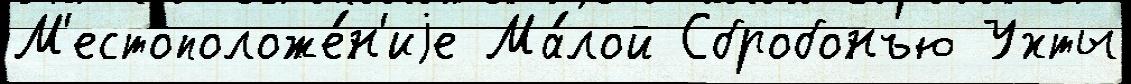
М'естоположе́н'иjе Ма́лой Сбробонъю Ухты